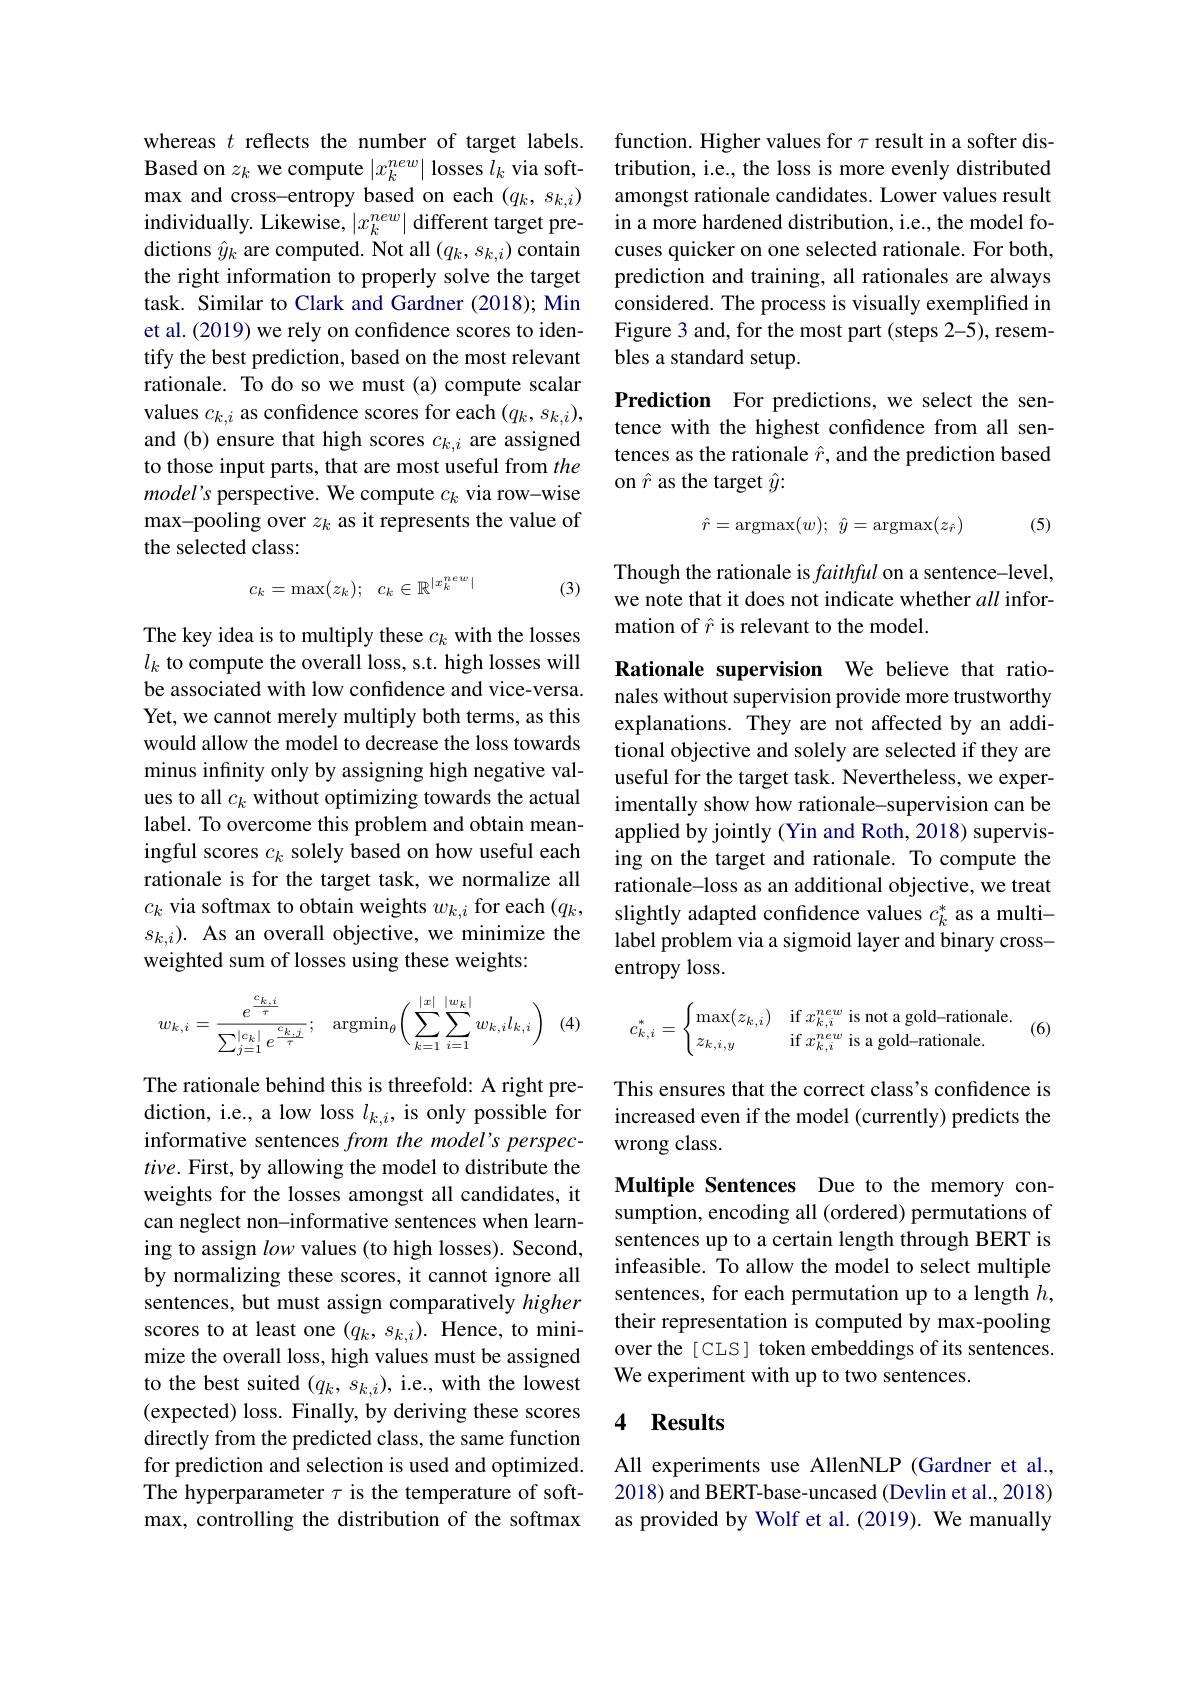
whereas $t$ reflects the number of target labels. Based on $z_k$ we compute $|x_k^{new}|$ losses $l_k$ via softmax and cross-entropy based on each $(q_k,s_{k,i})$ individually. Likewise, $|x_k^{new}|$ different target pre- ${\mathrm{dictions~}\hat{y}_{k}}{\mathrm{~are~computed.~Not~all~}}(q_{k},s_{k,i}){\mathrm{~contain}}$ the right information to properly solve the target task. Similar to Clark and Gardner (2018); Min et al. (2019) we rely on confidence scores to identify the best prediction, based on the most relevant rationale. To do so we must (a) compute scalar values $c_k,i$ as confidence scores for each $(q_k,s_{k,i})$, and (b) ensure that high scores $c_k,i$ are assigned to those input parts, that are most useful from the model's perspective. We compute $c_k$ via row-wise max-pooling over $z_k$ as it represents the value of the selected class:
$$c_k=\max(z_k);\quad c_k\in\mathbb{R}^{|x_k^{new}|}$$
(3)

The key idea is to multiply these $c_k$ with the losses $l_k$ to compute the overall loss, s.t. high losses will be associated with low confdence and vice-versa. Yet, we cannot merely multiply both terms, as this would allow the model to decrease the loss towards minus infinity only by assigning high negative values to all $c_k$ without optimizing towards the actual label. To overcome this problem and obtain meaningful scores $c_k$ solely based on how useful each rationale is for the target task, we normalize all $c_{k}$ via softmax to obtain weights $w_k,i$ for each $(q_{k}$, $s_{k,i}).$ As an overall objective, we minimize the weighted sum of losses using these weights:
$$w_{k,i}=\frac{e^{\frac{c_{k,i}}{r}}}{\sum_{j=1}^{|c_{k}|}e^{\frac{c_{k,j}}{r}}};\quad\mathrm{argmin}_{\theta}\Big(\sum_{k=1}^{|x|}\sum_{i=1}^{|w_{k}|}w_{k,i}l_{k,i}\Big)\quad(4)\quad c_{k,i}^{*}=\begin{cases}\max(z_{k,i})&\text{if }x_{k,i}^{new}\text{ is not a gold-rationale}\\z_{k,i,y}&\text{if }x_{k,i}^{new}\text{ is a gold-rationale}.\end{cases}$$
The rationale behind this is threefold: A right prediction, i.e., a low loss $l_k,i$ is only possible for informative sentences from the model's perspec- $tive.$ First, by allowing the model to distribute the weights for the losses amongst all candidates, it can neglect non-informative sentences when learning to assign low values (to high losses). Second, by normalizing these scores, it cannot ignore all sentences, but must assign comparatively higher scores to at least one $(q_k,s_{k,i}).$ Hence, to minimize the overall loss, high values must be assigned to the best suited $(q_k,s_{k,i})$, i.e., with the lowest (expected) loss. Finally, by deriving these scores directly from the predicted class, the same function for prediction and selection is used and optimized. The hyperparameter $\tau$ is the temperature of softmax, controlling the distribution of the softmax

function. Higher values for $\tau$ result in a softer distribution, i.e., the loss is more evenly distributed amongst rationale candidates. Lower values result in a more hardened distribution, i.e., the model focuses quicker on one selected rationale. For both, prediction and training, all rationales are always considered. The process is visually exemplified in Figure 3 and, for the most part (steps 2-5), resembles a standard setup.

Prediction For predictions, we select the sentence with the highest confdence from all sentences as the rationale $\hat{r}$, and the prediction based on $\hat{r}$ as the target $\hat{y}:$
$$\hat{r}=\mathrm{argmax}(w);\:\hat{y}=\mathrm{argmax}(z_{\hat{r}})$$
(5)

Though the rationale is faithful on a sentence-level, we note that it does not indicate whether all information of $\hat{r}$ is relevant to the model.

Rationale supervision We believe that rationales without supervision provide more trustworthy explanations. They are not affected by an additional objective and solely are selected if they are useful for the target task. Nevertheless, we experimentally show how rationale-supervision can be applied by jointly (Yin and Roth, 2018) supervising on the target and rationale. To compute the rationale-loss as an additional objective, we treat slightly adapted confidence values $c_k^*$ as a multilabel problem via a sigmoid layer and binary crossentropy loss.

(6)

This ensures that the correct class's confidence is increased even if the model (currently) predicts the wrong class.

Multiple Sentences Due to the memory consumption, encoding all (ordered) permutations of sentences up to a certain length through BERT is infeasible. To allow the model to select multiple sentences, for each permutation up to a length $h$, their representation is computed by max-pooling over the [CLS] token embeddings of its sentences. We experiment with up to two sentences.

### 4 Results

All experiments use AllenNLP (Gardner et al., 2018) and BERT-base-uncased (Devlin et al., 2018) as provided by Wolf et al. (2019). We manually